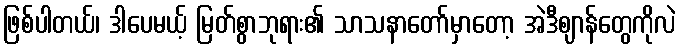
ဖြစ်ပါတယ်၊ ဒါပေမယ့် မြတ်စွာဘုရား၏ သာသနာတော်မှာတော့ အဲဒီဈာန်တွေကိုလဲ